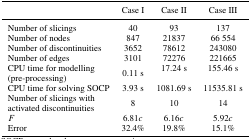
<table><thead><tr><td></td><td><b>Case I</b></td><td><b>Case II</b></td><td><b>Case III</b></td></tr></thead><tbody><tr><td>Number of slicings</td><td>40</td><td>93</td><td>137</td></tr><tr><td>Number of nodes</td><td>847</td><td>21837</td><td>66 554</td></tr><tr><td>Number of discontinuities</td><td>3652</td><td>78612</td><td>243080</td></tr><tr><td>Number of edges</td><td>3101</td><td>72276</td><td>221665</td></tr><tr><td>CPU time for modelling</td><td>0.11 s</td><td>17.24 s</td><td>155.46 s</td></tr><tr><td>(pre‐processing)</td><td></td><td></td><td></td></tr><tr><td>CPU time for solving SOCP</td><td>3.93 s</td><td>1081.69 s</td><td>11535.81 s</td></tr><tr><td>Number of slicings with</td><td>8</td><td>10</td><td>14</td></tr><tr><td>activated discontinuities</td><td></td><td></td><td></td></tr><tr><td><i>F</i></td><td>6.81<i>c</i></td><td>6.16<i>c</i></td><td>5.92<i>c</i></td></tr><tr><td>Error</td><td>32.4%</td><td>19.8%</td><td>15.1%</td></tr></tbody></table>